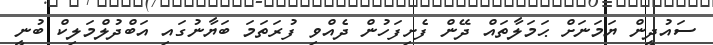
ސައުދީން ޔަމަނަށް ޙަމަލާތައް ދޭން ފެށިފަހުން ދެއްވި ފުރަތަމަ ބަޔާނުގައި އަބްދުލްމަލިކް ބުނީ